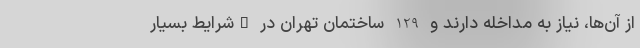
از آن‌ها، نیاز به مداخله دارند و 129 ساختمان تهران در "شرایط بسیار